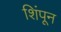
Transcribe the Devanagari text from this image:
शिंपून